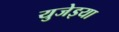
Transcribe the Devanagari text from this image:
युजेइया